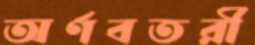
অর্ণবতরী